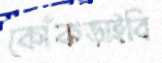
কোঁকড়াইবি